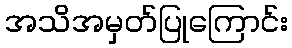
အသိအမှတ်ပြုကြောင်း